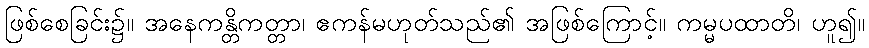
ဖြစ်စေခြင်း၌။ အနေကန္တိကတ္တာ၊ ဧကန်မဟုတ်သည်၏ အဖြစ်ကြောင့်။ ကမ္မပထာတိ၊ ဟူ၍။